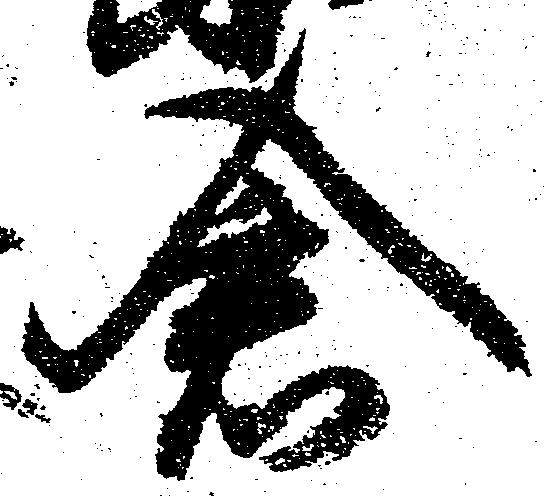
倉